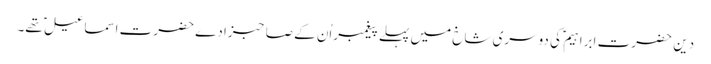
دین ِ حضرت ابراہیم ؑ کی دوسری شاخ میں پہلے پیغمبراُن کے صاحبزادے حضرت اسماعیل ؑ تھے۔